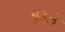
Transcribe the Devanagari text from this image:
गुडले